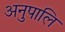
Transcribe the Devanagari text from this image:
अनुपालि